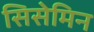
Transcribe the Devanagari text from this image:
सिसेमिन